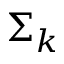
\Sigma _ { k }